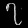
Digit: ၇